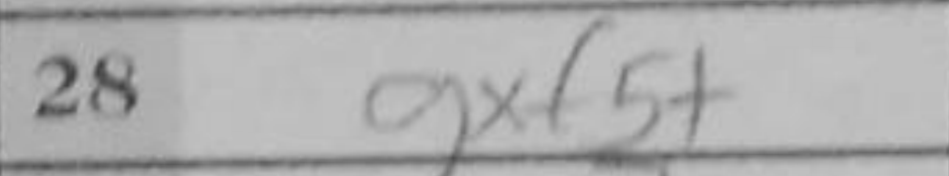
Transcription: gxf5+